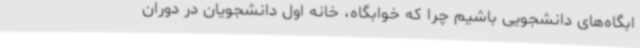
ابگاه‌های دانشجویی باشیم چرا که خوابگاه، خانه اول دانشجویان در دوران